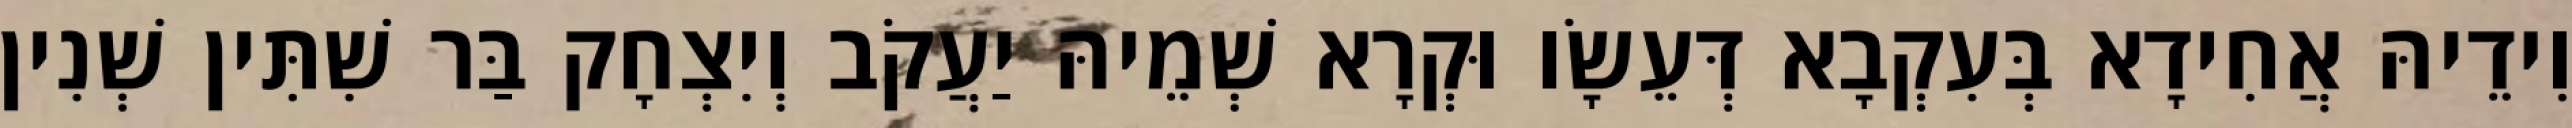
וִידֵיהּ אֲחִידָא בְּעִקְבָא דְּעֵשָׂו וּקְרָא שְׁמֵיהּ יַעֲקֹב וְיִצְחָק בַּר שִׁתִּין שְׁנִין